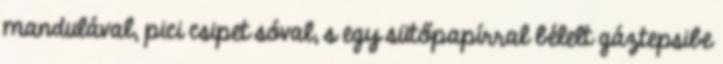
mandulával, pici csipet sóval, s egy sütőpapírral bélelt gáztepsibe